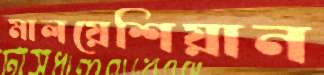
মালয়েশিয়ান